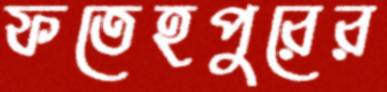
ফতেহপুরের